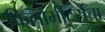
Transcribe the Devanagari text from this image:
किलोमीटर्सचा